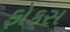
ફોકસ